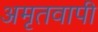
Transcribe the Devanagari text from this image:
अमृतवापी